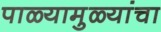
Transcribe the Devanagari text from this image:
पाळ्यामुळ्यांचा